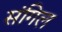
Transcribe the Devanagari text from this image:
संगिल